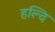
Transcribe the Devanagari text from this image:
हल्दि